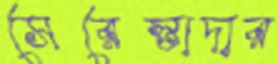
সেরেস্তাদার